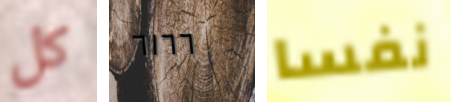
كل ٦١٦٦ نفسا